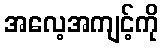
အလေ့အကျင့်ကို